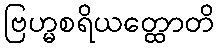
ဗြဟ္မစရိယတ္ထောတိ